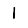
Digit: 1